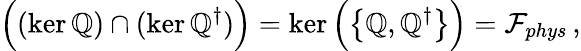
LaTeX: \Big((\ker\mathbb{Q})\cap(\ker\mathbb{Q}^{\dagger})\Big)=\ker\Big(\big\{ \mathbb{Q},\mathbb{Q}^{\dagger}\big\} \Big)=\mathcal{{F}}_{phys}\, ,